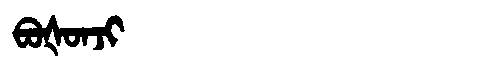
Manchu: ᠪᠣᡧᠣᠨᠵᡳ
Romanization: BOŠONJI